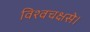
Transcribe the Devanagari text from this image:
विश्वचक्षसे।